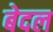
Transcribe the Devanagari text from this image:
बेदल